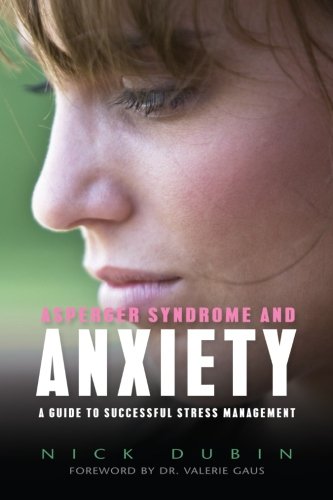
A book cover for Asperger Syndrome and Anxiety: A Guide to Successful Stress Management; Nick Dubin; Health, Fitness & Dieting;